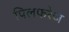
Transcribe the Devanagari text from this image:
पिलफरेज